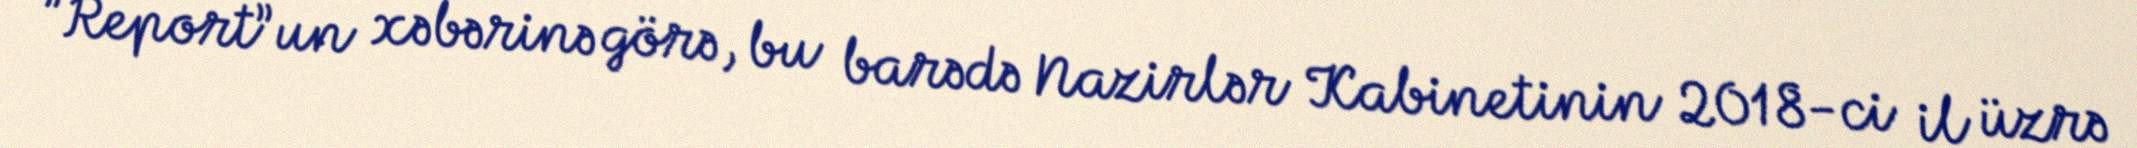
”Report”un xəbərinə görə, bu barədə Nazirlər Kabinetinin 2018-ci il üzrə